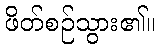
ဖိတ်စဉ်သွား၏။